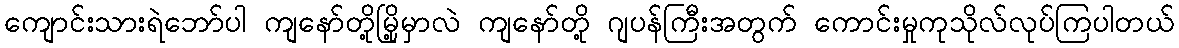
ကျောင်းသားရဲဘော်ပါ ကျနော်တို့မြို့မှာလဲ ကျနော်တို့ ဂျပန်ကြီးအတွက် ကောင်းမှုကုသိုလ်လုပ်ကြပါတယ်